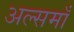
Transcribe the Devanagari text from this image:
अल्समाँ